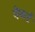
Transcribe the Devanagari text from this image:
पेकर्ड